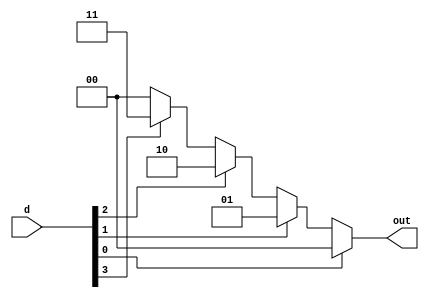
`timescale 1ns / 1ps
//////////////////////////////////////////////////////////////////////////////////
// Company: 
// Engineer: 
// 
// Design Name: 
// Module Name: ec4_2
// Project Name: 
// Target Devices: 
// Tool Versions: 
// Description: 
// 
// Dependencies: 
// 
// Revision:
// Revision 0.01 - File Created
// Additional Comments:
// 
//////////////////////////////////////////////////////////////////////////////////


module ec4_2(
        input [3:0] d,
        output reg [1:0] out
    );
    
//    assign out = (
//        (d == 4'bxxx1) ? 2'b00 :
//        (d == 4'bxx10) ? 2'b01 :
//        (d == 4'bx100) ? 2'b10 : 2'b11);
        
//    assign out[0] = d[1] | d[3];
//    assign out[1] = d[2] | d[3];
    
    always @* begin
        if(d[0]==1) begin out <= 2'b00; end
        else if(d[1]==1) begin out <= 2'b01; end
        else if(d[2]==1) begin out <= 2'b10; end
        else if(d[3]==1) begin out <= 2'b11; end
        else begin out <= 2'b00; end
    end
endmodule